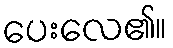
ပေးလေ၏။